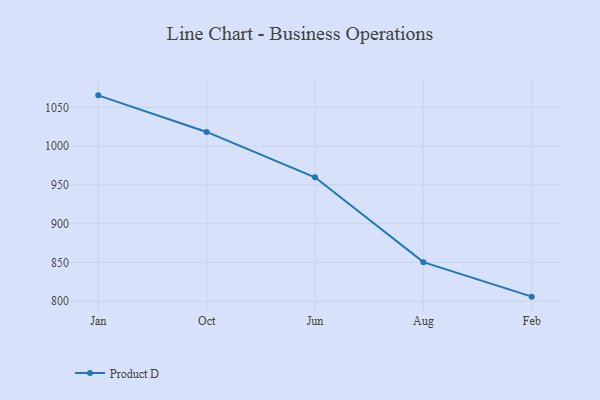
{"axis": {"x": "Month", "y": "Shipments"}, "legend": ["Product D"], "data": [{"x": "Jan", "y": 1065.5, "type": "Product D"}, {"x": "Oct", "y": 1018.3, "type": "Product D"}, {"x": "Jun", "y": 959.8, "type": "Product D"}, {"x": "Aug", "y": 850.4, "type": "Product D"}, {"x": "Feb", "y": 805.9, "type": "Product D"}]}